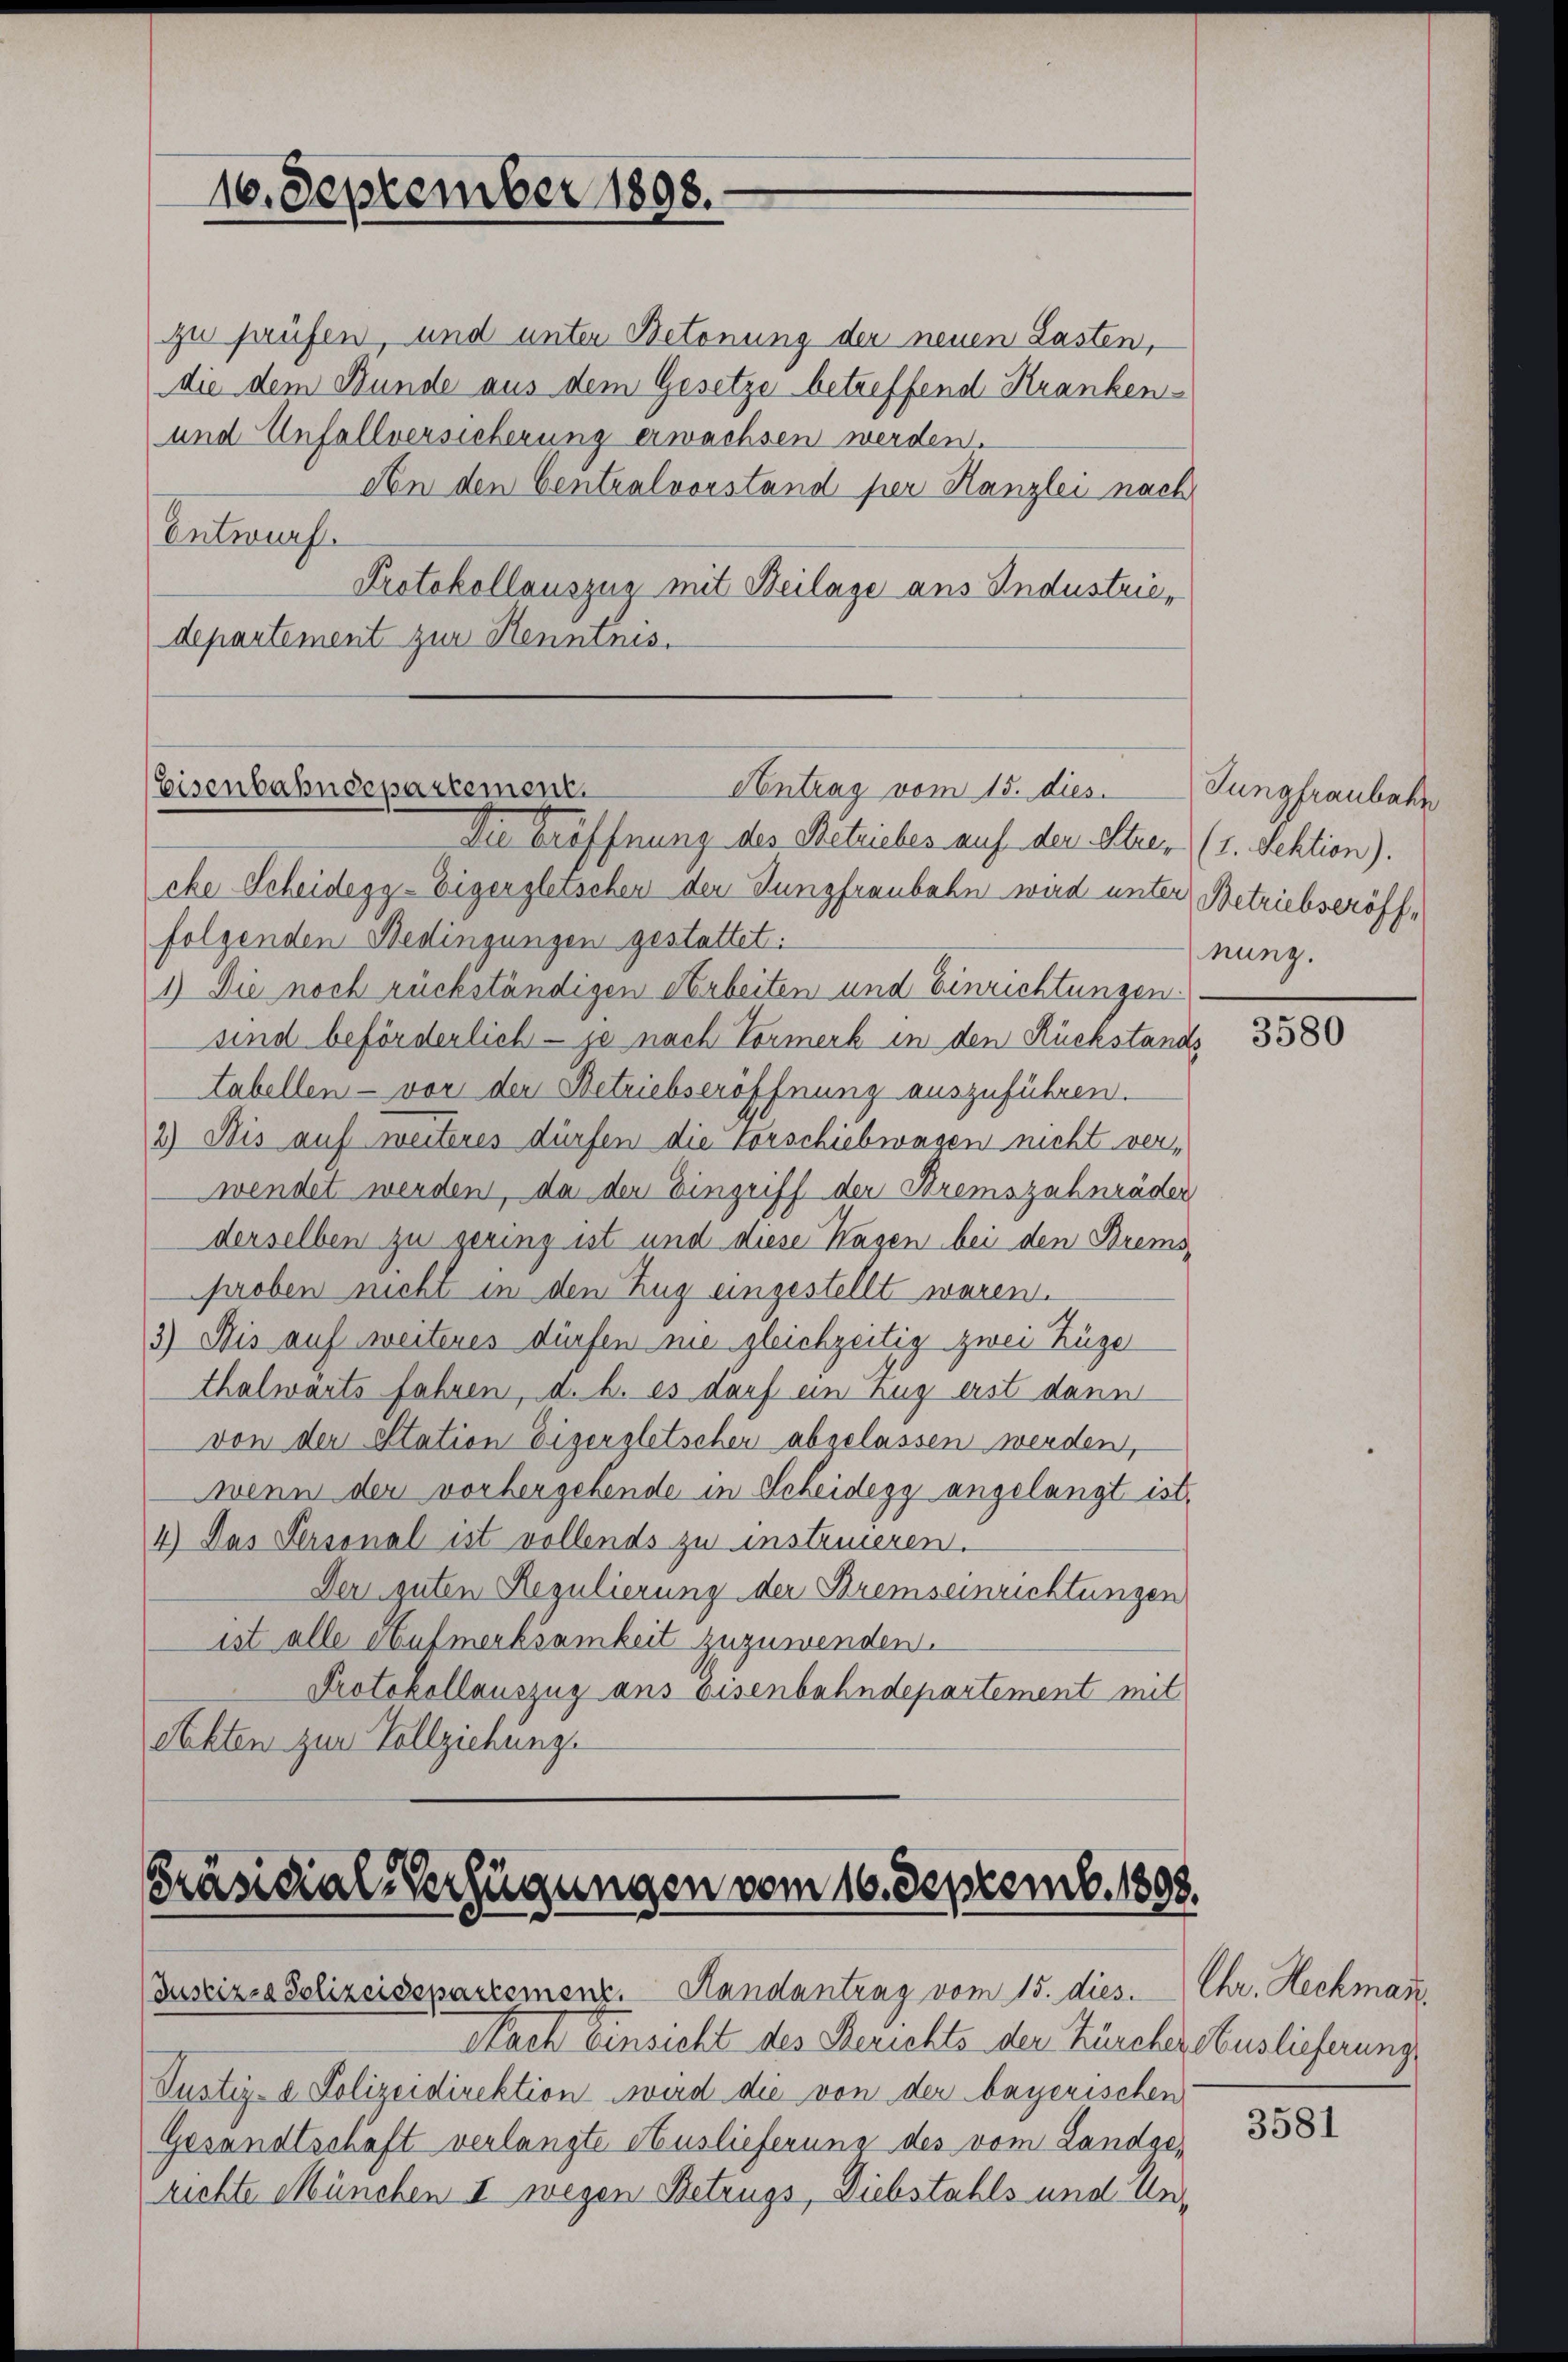
16. September 1898.

Eisenbahndepartement
Antrag vom 15. dies

Die Eröffnung des Retriebes auf der Stres (1. Sektion).
cke Scheidegg-Eigengletschen den Jungfraubahn wird unter Betriebseröfffolgenden Bedingungen gestattet.
1) Die noch rückständigen Arbeiten und Einrichtungen.
sind beförderlich - je nach Vormerk in den Rückstands
tabellen - vor den Betriebseröffnung auszuführen.
2) Bis auf weiteres dürfen die Vorschiebwagen nicht verwendet werden, da der Eingriff der Bremszahnräder
derselben zu gering ist und diese Hagen bei den Bremsproben nicht in den Zug eingestellt waren.
3) Bis auf weiteres dürfen nie gleichzeitig zwei Züge
thalwärts fahren, d. h. es darf ein Zug erst dann
von der Station Eisergletscher abgelassen werden,
wenn der vorhergehende in Scheidegg angelangt ist,
4.) Das Personal ist vollends zu instreueren.
Der guten Regulierung der Bremseinrichtungen
ist alle Aufmerksamkeit zuzuwenden.
Protokollauszug aus bisenbahndepartement mit
Akten zur Vollziehung.

zu prüfen, und unter Betonung der neuen Lasten,
die dem Bunde aus dem Gesetze betreffend Kranken-
und Unfallversicherung erwachsen werden.
An den Centralvorstand per Kanzlei nach
Entwurf
Protokollauszug mit Beilage aus Industrie,
departement zur Kenntnis.

Präsidial-Verfügungen vom 16. Septemb. 1898.
Juscizio Polizeidepartemenz. Handantrag vom 15. dies. Chr. Hechmasc

Nach Einsicht des Berichts der Zürcher Auslieferungs
Justiz-I. Polizeidirektion wird die von der bayerischen
Gesandtschäft verlangte Auslieferung des vom Landge-
richte München II. wegen Betrugs, Diebstahls und Un¬

Jungfraubahn
nung.

3580

3581